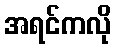
အရင်ကလို